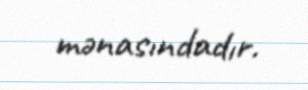
mənasındadır.